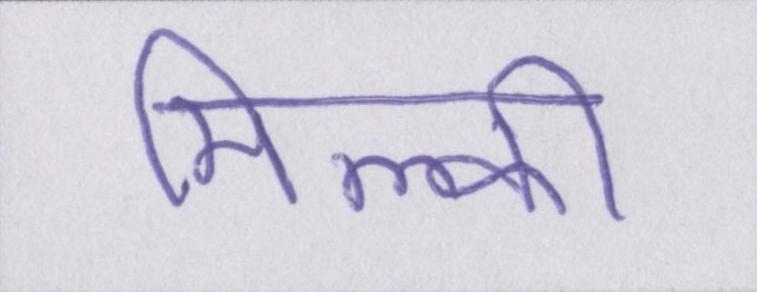
मिल्की